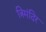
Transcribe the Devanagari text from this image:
त्रिमंदिर